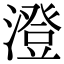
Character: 澄